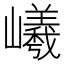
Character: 𡾞